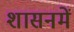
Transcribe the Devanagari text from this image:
शासनमें